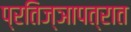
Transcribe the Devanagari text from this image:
प्रतिज्ञापत्रात